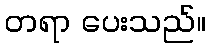
တရာ ပေးသည်။